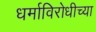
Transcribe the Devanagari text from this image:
धर्माविरोधीच्या